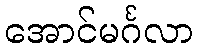
အောင်မင်္ဂလာ